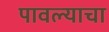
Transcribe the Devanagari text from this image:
पावल्याचा